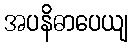
အပနိဓာပေယျ